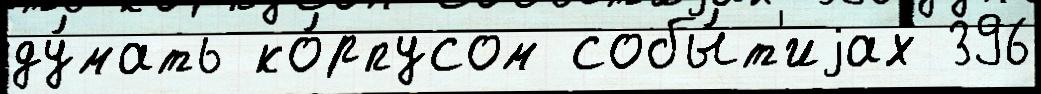
ду́мать ко́рпусом собы́т'иjах 396